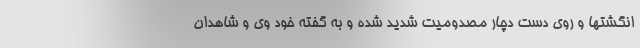
انگشتها و روی دست دچار مصدومیت شدید شده و به گفته خود وی و شاهدان